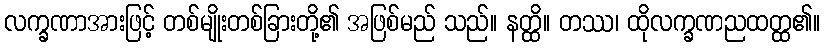
လက္ခဏာအားဖြင့် တစ်မျိုးတစ်ခြားတို့၏ အဖြစ်မည် သည်။ နတ္ထိ။ တဿ၊ ထိုလက္ခဏညထတ္ထ၏။